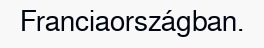
Franciaországban.